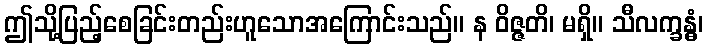
ဤသို့ပြည့်စေခြင်းတည်းဟူသောအကြောင်းသည်။ န ဝိဇ္ဇတိ၊ မရှိ။ သီလက္ခန္ဓံ၊